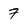
Character: 7